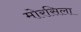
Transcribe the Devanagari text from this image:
मोरसिला